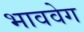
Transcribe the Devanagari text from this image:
भाववेग